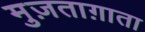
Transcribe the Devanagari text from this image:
मुज़ताग़ाता